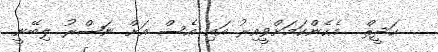
ޙަދީޘް  އެހެންކަމަށްވީއިރު އައި އެސް އަށް ނަޞްރު ލިބޭނީ